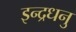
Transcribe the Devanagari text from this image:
इन्द्रधनु